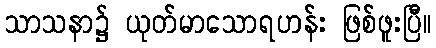
သာသနာ၌ ယုတ်မာသောရဟန်း ဖြစ်ဖူးပြီ။